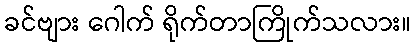
ခင်ဗျား ဂေါက် ရိုက်တာကြိုက်သလား။